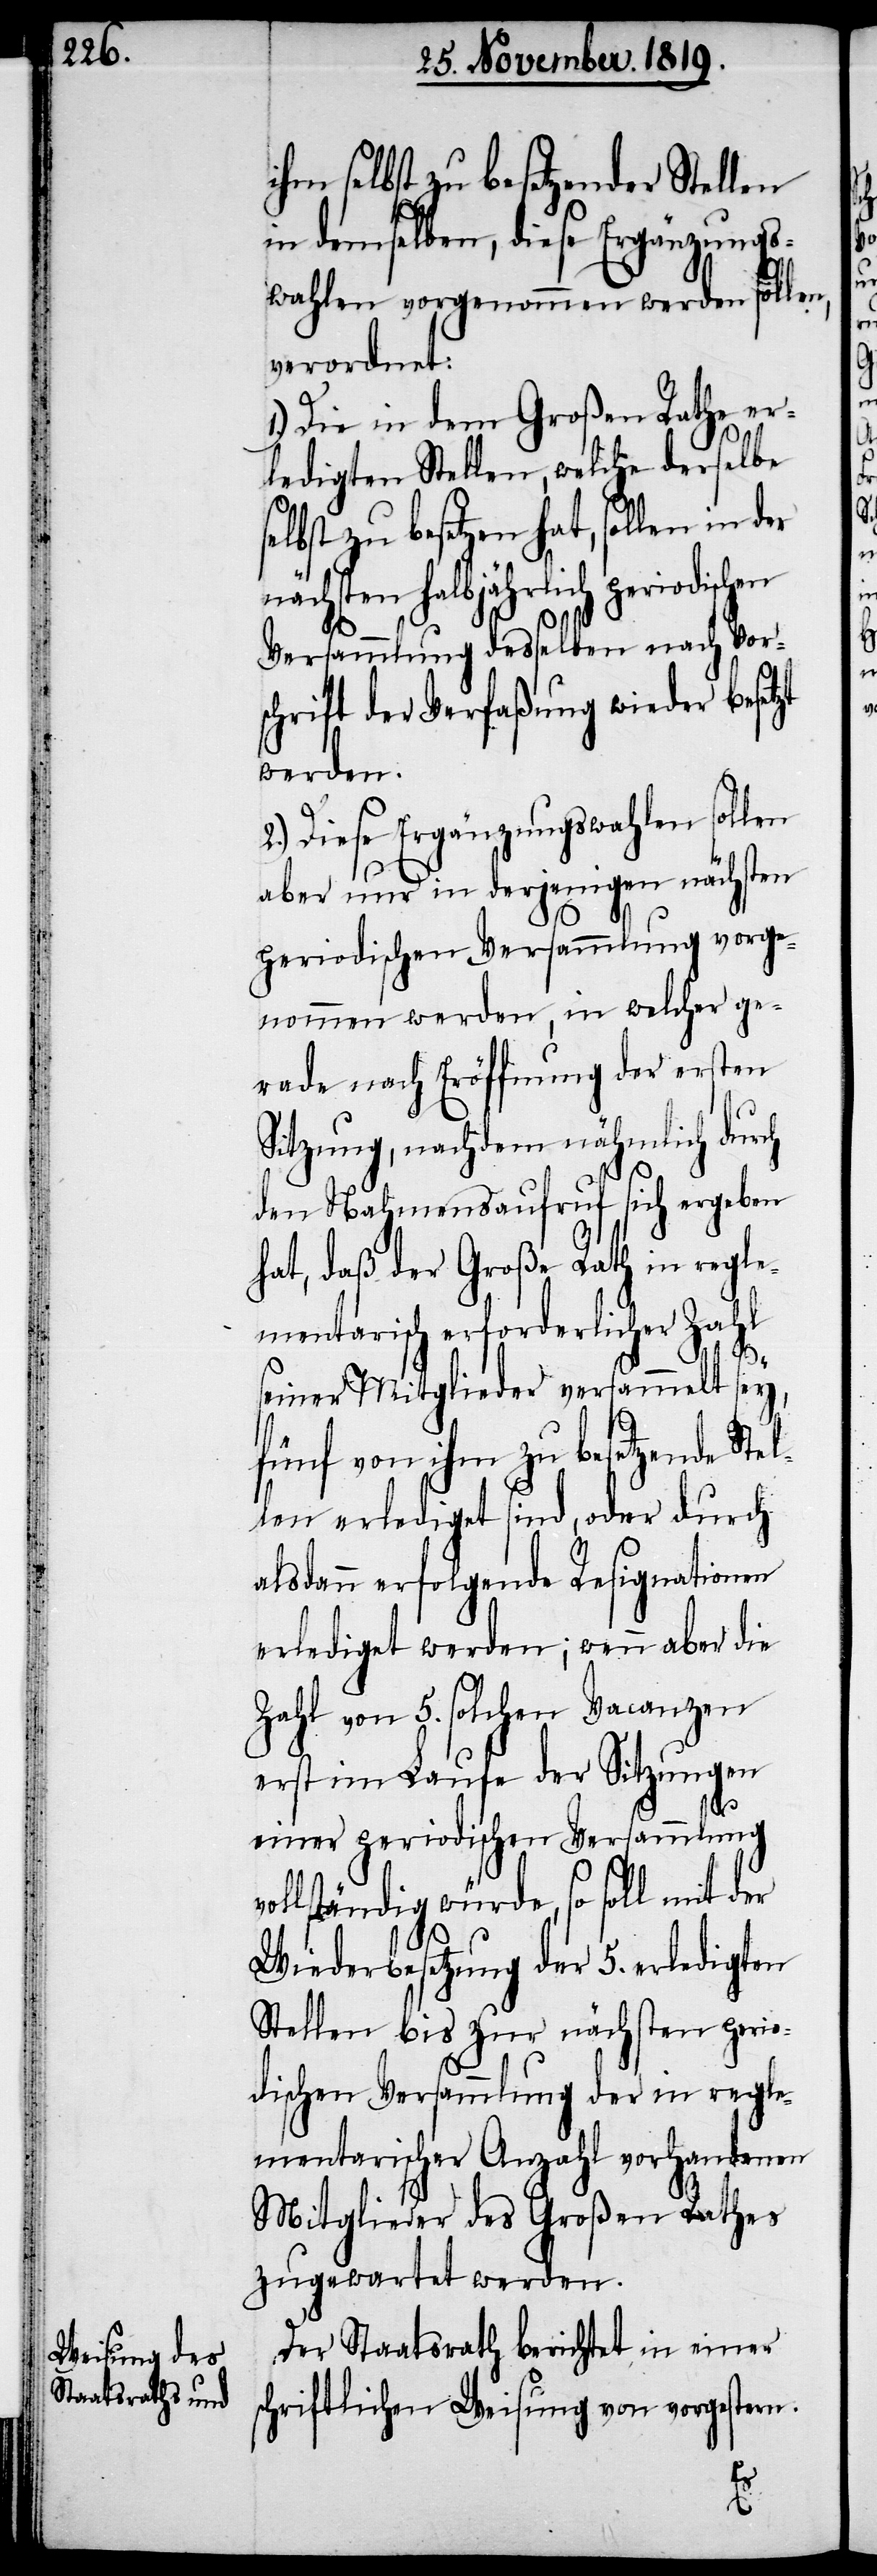
ihm selbst zu besetzender Stellen
in demselben, diese Ergänzungs¬
wahlen vorgenommen werden sollen,
verordnet:
1.) Die in dem Großen Rathe er¬
ledigten Stellen, welche derselbe
zu besetzen hat, sollen in
nächsten halbjährlich periodischen
Versammlung desselben nach Vor¬
schrift der Verfaßung wieder besetzt
werden.
2.) Diese Ergänzungswahlen sollen
aber nur in derjenigen nächsten
periodischen Versammlung vorge¬
nommen werden, in welcher ge¬
rade nach Eröfnnung der ersten
Sitzung, nachdem nähmlich durch
den Nahmensaufruf sich ergeben
hat, daß der Große Rath in regle¬
mentarisch erforderlicher Zahl
seiner Mitglieder versammelt sey,
fünf von ihm zu besetzende Stel¬
len erlediget sind, oder durch
alsdann erfolgende Resignationen
erlediget werden; wenn aber die
Zahl von 5. solchen Vacanzen
erst im Laufe der Sitzungen
einer periodischen Versammlung
vollständig würde, so soll mit der
Wiederbesetzung der 5. erledigten
Stellen bis zur nächsten perio¬
dischen Versammlung der in regle¬
mentarischer Anzahl vorhandenen
Mitglieder des Großen Rathes
zugewartet werden.
Der Staatsrath berichtet in einer
schriftlichen Weisung von vorgestern: